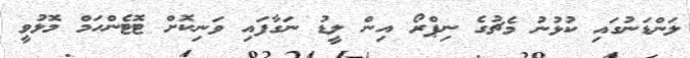
ލަންޑަނުގައި ކުޅުނު މެޗުގެ ނިޕްރޯ އިން ލީޑު ނަގާފައި ވަނިކޮށް ޓޮޓެންހަމް މޮޅުވީ